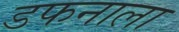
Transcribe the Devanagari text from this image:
डफनाला